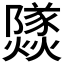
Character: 𰟹